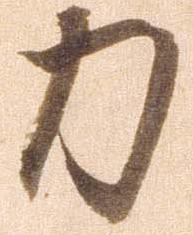
力